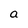
Character: a